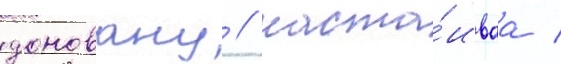
доновану / наста́иваа /